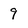
Character: 9